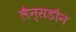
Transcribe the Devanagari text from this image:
लैन्सडौन